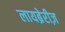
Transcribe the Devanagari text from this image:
लायब्रेरीज़